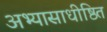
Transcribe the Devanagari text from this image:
अभ्यासाधीष्ठित